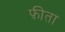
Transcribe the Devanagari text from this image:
फ़ीता